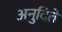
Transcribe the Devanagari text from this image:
अनुदिते